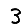
Digit: 3